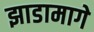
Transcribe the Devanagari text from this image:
झाडामागे